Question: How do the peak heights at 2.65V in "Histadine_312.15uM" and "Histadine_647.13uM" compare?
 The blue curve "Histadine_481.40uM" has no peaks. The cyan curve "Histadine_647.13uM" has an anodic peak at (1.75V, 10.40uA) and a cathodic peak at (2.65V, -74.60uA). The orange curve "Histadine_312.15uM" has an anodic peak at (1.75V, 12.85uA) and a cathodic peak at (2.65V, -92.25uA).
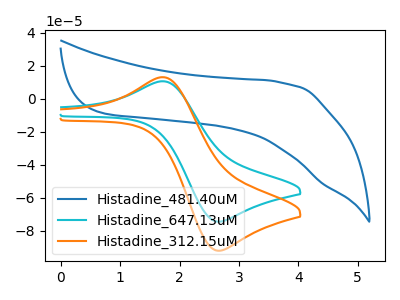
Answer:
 <answer>The peak at 2.65V is higher in "Histadine_312.15uM" than in "Histadine_647.13uM".</answer>
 <eval>higher</eval>